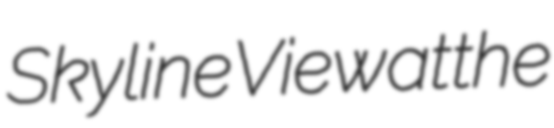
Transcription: Skyline View at the